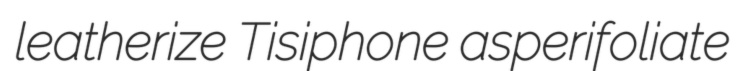
leatherize Tisiphone asperifoliate